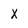
Character: X